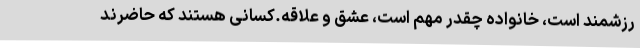
رزشمند است، خانواده چقدر مهم است، عشق و علاقه.کسانی هستند که حاضرند